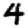
Digit: 4